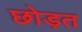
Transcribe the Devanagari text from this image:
छोड़त